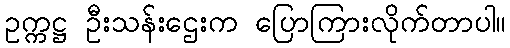
ဥက္ကဋ္ဌ ဦးသန်းဌေးက ပြောကြားလိုက်တာပါ။